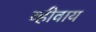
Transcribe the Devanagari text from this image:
व्हीवाय